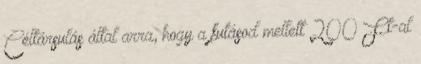
Céltársulás által arra, hogy a futásod mellett 200 Ft-al